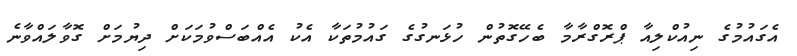
އެގައުމުގެ ނިއުކްލިއާ ޕްރޮގްރާމާ ބެހޭގޮތުން ހުޅަނގުގެ ގައުމުތަކާ އެކު އެއްބަސްވުމަކަށް ދިޔުމަށް ގޮވާލައްވާނެ